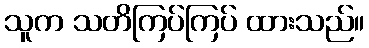
သူက သတိကြပ်ကြပ် ထားသည်။